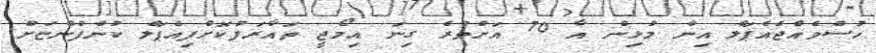
ހުސްވެއްޖެއެޕަލް އިން މުޅިން އާ 70 އަށްވުރެ ގިނަ އިމޯޖީ ތައާރަފުކޮށްފިއެޕަލް ކުންފުންޏަށް